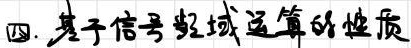
四. 基于信号频域运算的性质